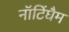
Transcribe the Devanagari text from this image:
नॉटिंघैम